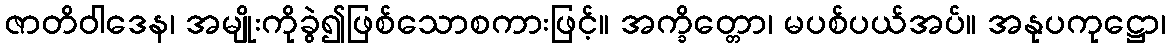
ဇာတိဝါဒေန၊ အမျိုးကိုခွဲ၍ဖြစ်သောစကားဖြင့်။ အက္ခိတ္တော၊ မပစ်ပယ်အပ်။ အနုပကုဋ္ဌော၊